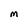
Character: M